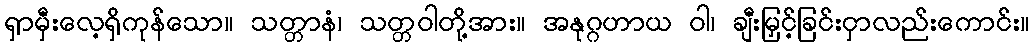
ရှာမှီးလေ့ရှိကုန်သော။ သတ္တာနံ၊ သတ္တဝါတို့အား။ အနုဂ္ဂဟာယ ဝါ၊ ချီးမြှင့်ခြင်းငှာလည်းကောင်း။